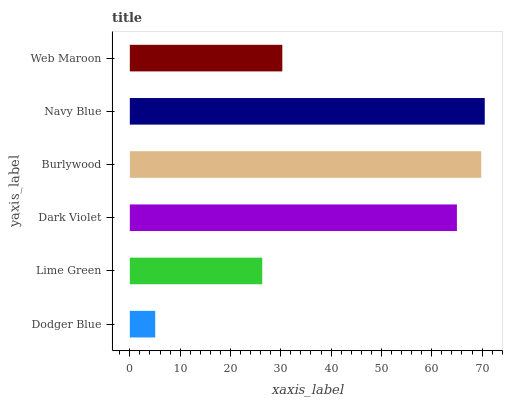
| yaxis_label | bars |
 | --- | --- |
 | Dodger Blue | 5.05 |
 | Lime Green | 26.3 |
 | Dark Violet | 65 |
 | Burlywood | 69.8 |
 | Navy Blue | 70.5 |
 | Web Maroon | 30.3 |